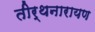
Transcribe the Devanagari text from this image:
तीर्थनारायण